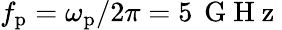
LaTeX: f_{\mathrm{p}}=\omega_{\mathrm{p}}/2\pi=5\, \mathrm{~G~H~z~}